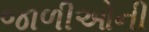
જાળીઓની